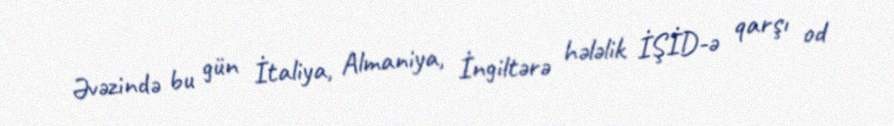
Əvəzində bu gün İtaliya, Almaniya, İngiltərə hələlik İŞİD-ə qarşı od